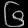
Digit: ၆